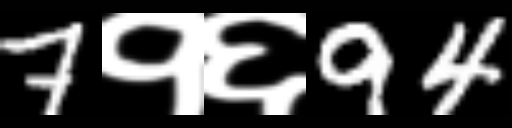
Text: 7१६94